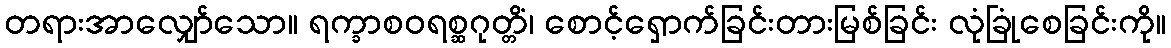
တရားအာလျှော်သော။ ရက္ခာစဝရစ္ဆဂုတ္တိံ၊ စောင့်ရှောက်ခြင်းတားမြစ်ခြင်း လုံခြုံစေခြင်းကို။